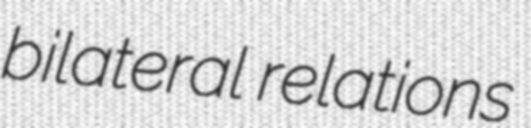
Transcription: bilateral relations